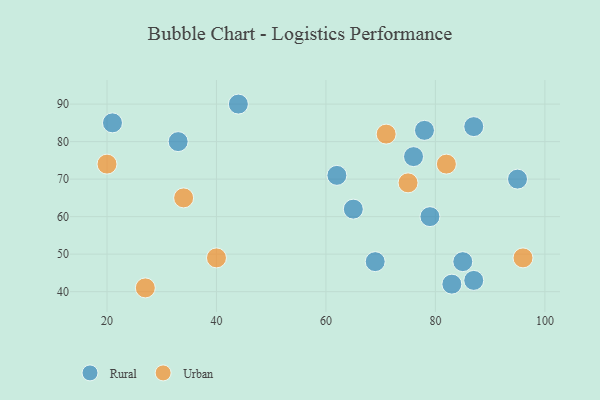
{"axis": {"x": "GDP", "y": "Life Expectancy"}, "legend": ["Rural", "Urban"], "data": [{"x": "83", "y": 42, "type": "Rural"}, {"x": "87", "y": 84, "type": "Rural"}, {"x": "44", "y": 90, "type": "Rural"}, {"x": "85", "y": 48, "type": "Rural"}, {"x": "78", "y": 83, "type": "Rural"}, {"x": "69", "y": 48, "type": "Rural"}, {"x": "76", "y": 76, "type": "Rural"}, {"x": "87", "y": 43, "type": "Rural"}, {"x": "95", "y": 70, "type": "Rural"}, {"x": "33", "y": 80, "type": "Rural"}, {"x": "79", "y": 60, "type": "Rural"}, {"x": "65", "y": 62, "type": "Rural"}, {"x": "21", "y": 85, "type": "Rural"}, {"x": "62", "y": 71, "type": "Rural"}, {"x": "20", "y": 74, "type": "Urban"}, {"x": "75", "y": 69, "type": "Urban"}, {"x": "96", "y": 49, "type": "Urban"}, {"x": "71", "y": 82, "type": "Urban"}, {"x": "27", "y": 41, "type": "Urban"}, {"x": "82", "y": 74, "type": "Urban"}, {"x": "34", "y": 65, "type": "Urban"}, {"x": "40", "y": 49, "type": "Urban"}]}